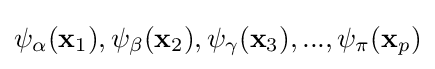
\psi _{\alpha }(\mathbf {x} _{1}),\psi _{\beta }(\mathbf {x} _{2}),\psi _{\gamma }(\mathbf {x} _{3}),...,\psi _{\pi }(\mathbf {x} _{p})